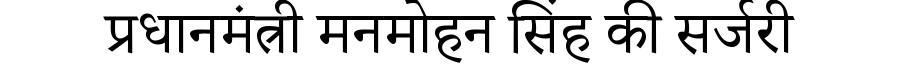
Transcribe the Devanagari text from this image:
प्रधानमंत्री मनमोहन सिंह की सर्जरी